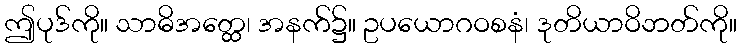
ဤပုဒ်ကို။ သာဓိအတ္ထေ၊ အနက်၌။ ဥပယောဂဝစနံ၊ ဒုတိယာဝိဘတ်ကို။